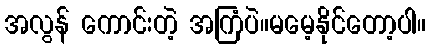
အလွန် ကောင်းတဲ့ အကြံပဲ။မမေ့နိုင်တော့ပါ။